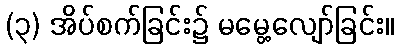
(၃) အိပ်စက်ခြင်း၌ မမွေ့လျော်ခြင်း။